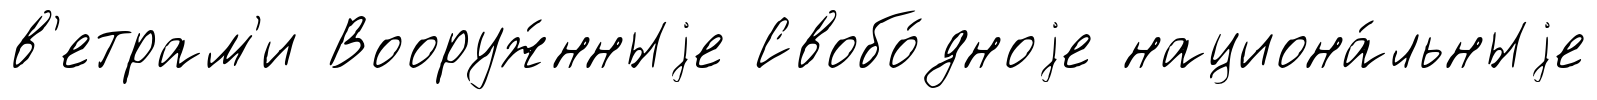
в'етрам'и Вооруж́нныjе Свобо́дноjе национа́льныjе